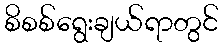
စိစစ်ရွေးချယ်ရာတွင်